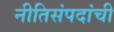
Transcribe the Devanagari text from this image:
नीतिसंपदांची